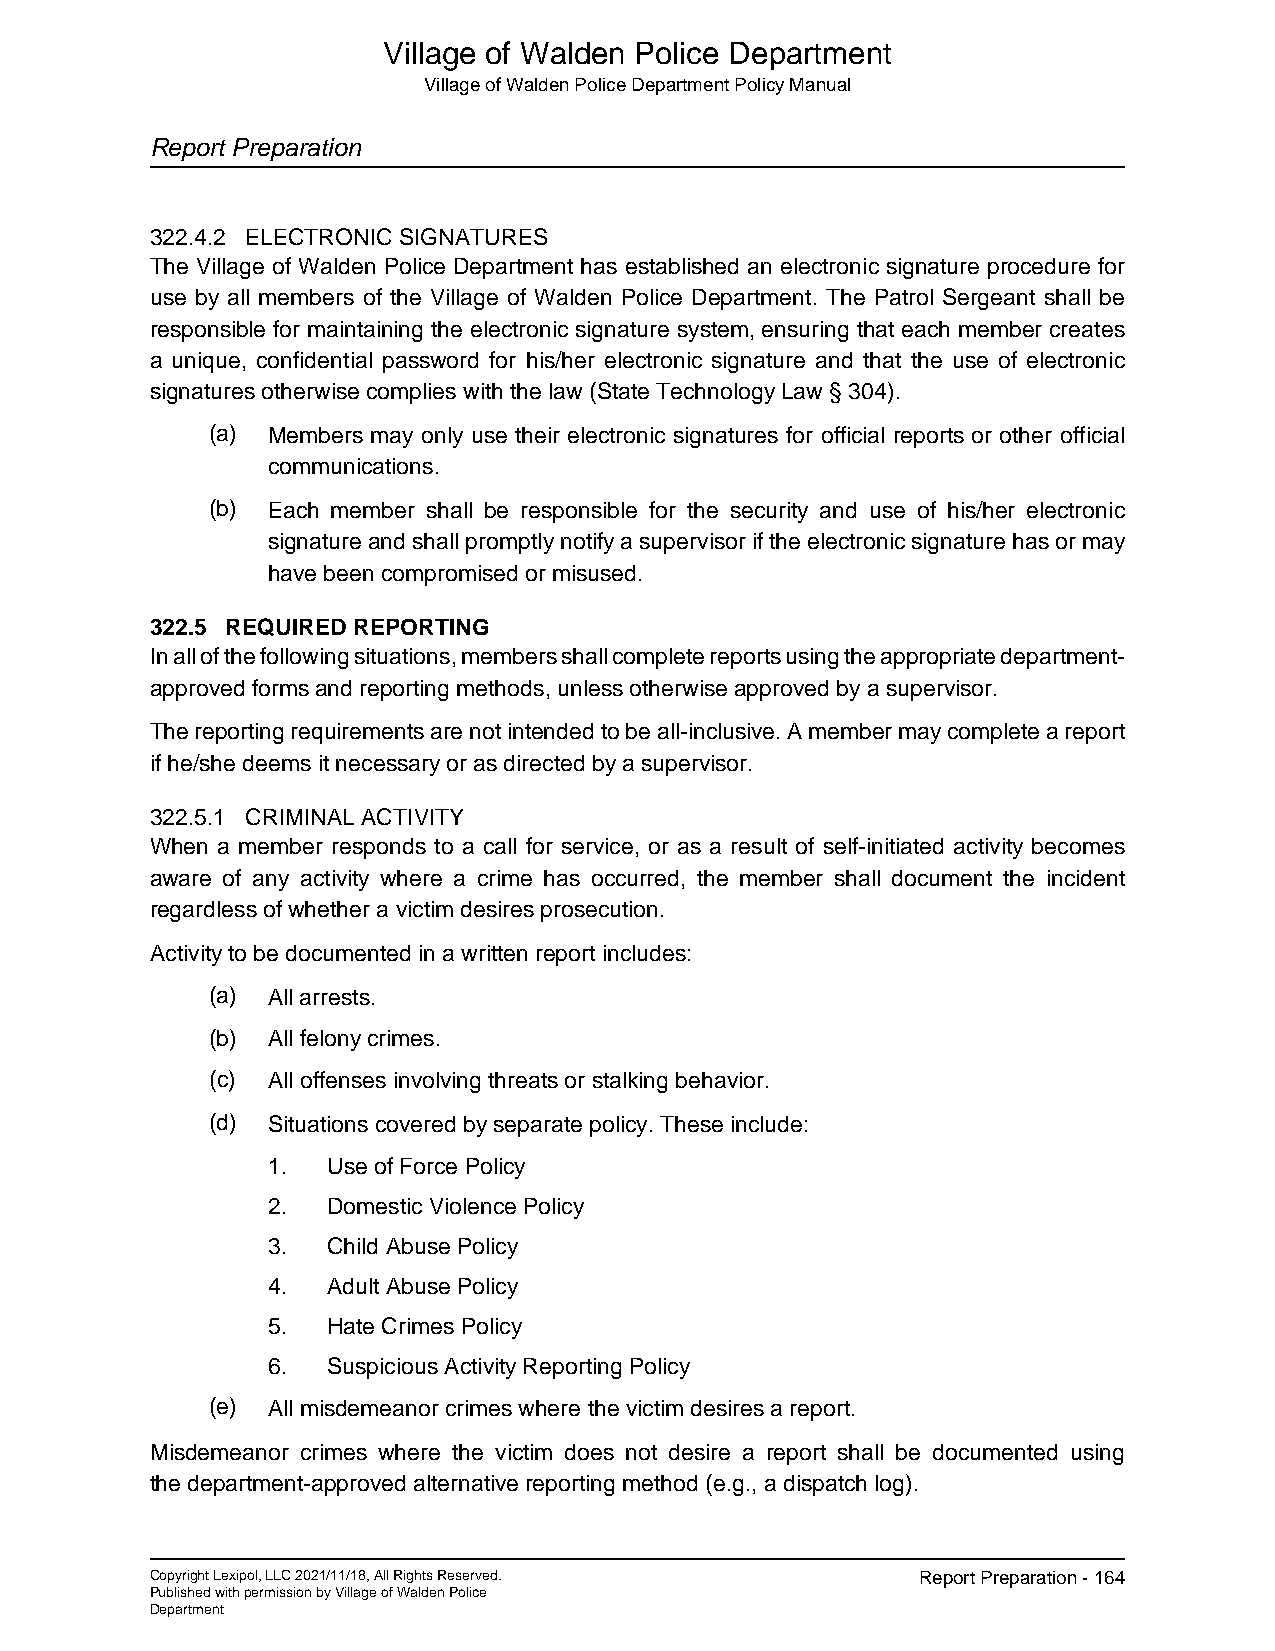
Village of Walden Police Department
 Village of Walden Police Department Policy Manual
 Report Preparation
 322.4.2 ELECTRONIC SIGNATURES
 The Village of Walden Police Department has established an electronic signature procedure for
 use by all members of the Village of Walden Police Department. The Patrol Sergeant shall be
 responsible for maintaining the electronic signature system, ensuring that each member creates
 a unique, confidential password for his/her electronic signature and that the use of electronic
 signatures otherwise complies with the law (State Technology Law § 304).
 (a) Members may only use their electronic signatures for official reports or other official
 communications.
 (b) Each member shall be responsible for the security and use of his/her electronic
 signature and shall promptly notify a supervisor if the electronic signature has or may
 have been compromised or misused.
 322.5 REQUIRED REPORTING
 In all of the following situations, members shall complete reports using the appropriate department-
 approved forms and reporting methods, unless otherwise approved by a supervisor.
 The reporting requirements are not intended to be all-inclusive. A member may complete a report
 if he/she deems it necessary or as directed by a supervisor.
 322.5.1 CRIMINAL ACTIVITY
 When a member responds to a call for service, or as a result of self-initiated activity becomes
 aware of any activity where a crime has occurred, the member shall document the incident
 regardless of whether a victim desires prosecution.
 Activity to be documented in a written report includes:
 (a) All arrests.
 (b) All felony crimes.
 (c) All offenses involving threats or stalking behavior.
 (d) Situations covered by separate policy. These include:
 1.  Use of Force Policy
 2.  Domestic Violence Policy
 3.  Child Abuse Policy
 4.  Adult Abuse Policy
 5.  Hate Crimes Policy
 6.  Suspicious Activity Reporting Policy
 (e) All misdemeanor crimes where the victim desires a report.
 Misdemeanor crimes where the victim does not desire a report shall be documented using
 the department-approved alternative reporting method (e.g., a dispatch log).
 Copyright Lexipol, LLC 2021/11/18, All Rights Reserved. Report Preparation - 164
 Published with permission by Village of Walden Police
 Department